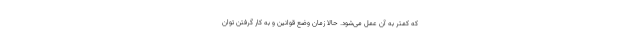
که کمتر به آن عمل می‌شود. حالا زمان وضع قوانین و به کار گرفتن توان